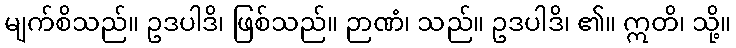
မျက်စိသည်။ ဥဒပါဒိ၊ ဖြစ်သည်။ ဉာဏံ၊ သည်။ ဥဒပါဒိ၊ ၏။ ဣတိ၊ သို့။